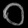
Digit: ၀